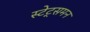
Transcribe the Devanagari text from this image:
स्टेट्समन